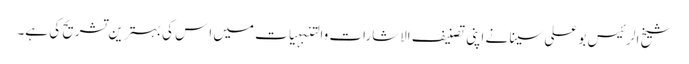
شیخ الرئیس بو علی سینا نے اپنی تصنیف الاشارات والتنبہیات میں اِس کی بہترین تشریح کی ہے۔